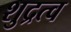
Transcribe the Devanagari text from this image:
शुद्रत्व